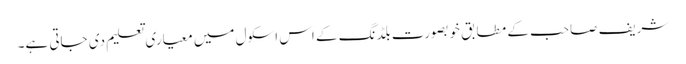
شریف صاحب کے مطابق خوبصورت بلڈنگ کے اس اسکول میں معیاری تعلیم دی جاتی ہے۔